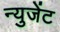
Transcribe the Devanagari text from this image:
न्युजेंट